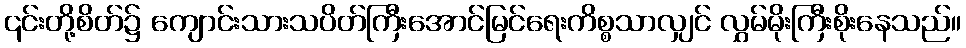
၎င်းတို့စိတ်၌ ကျောင်းသားသပိတ်ကြီးအောင်မြင်ရေးကိစ္စသာလျှင် လွှမ်မိုးကြီးစိုးနေသည်။